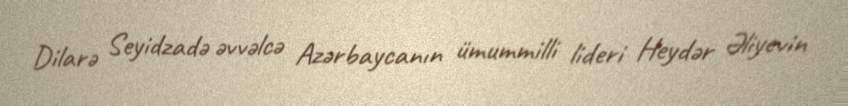
Dilarə Seyidzadə əvvəlcə Azərbaycanın ümummilli lideri Heydər Əliyevin